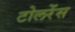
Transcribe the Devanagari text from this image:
टोलरेंस